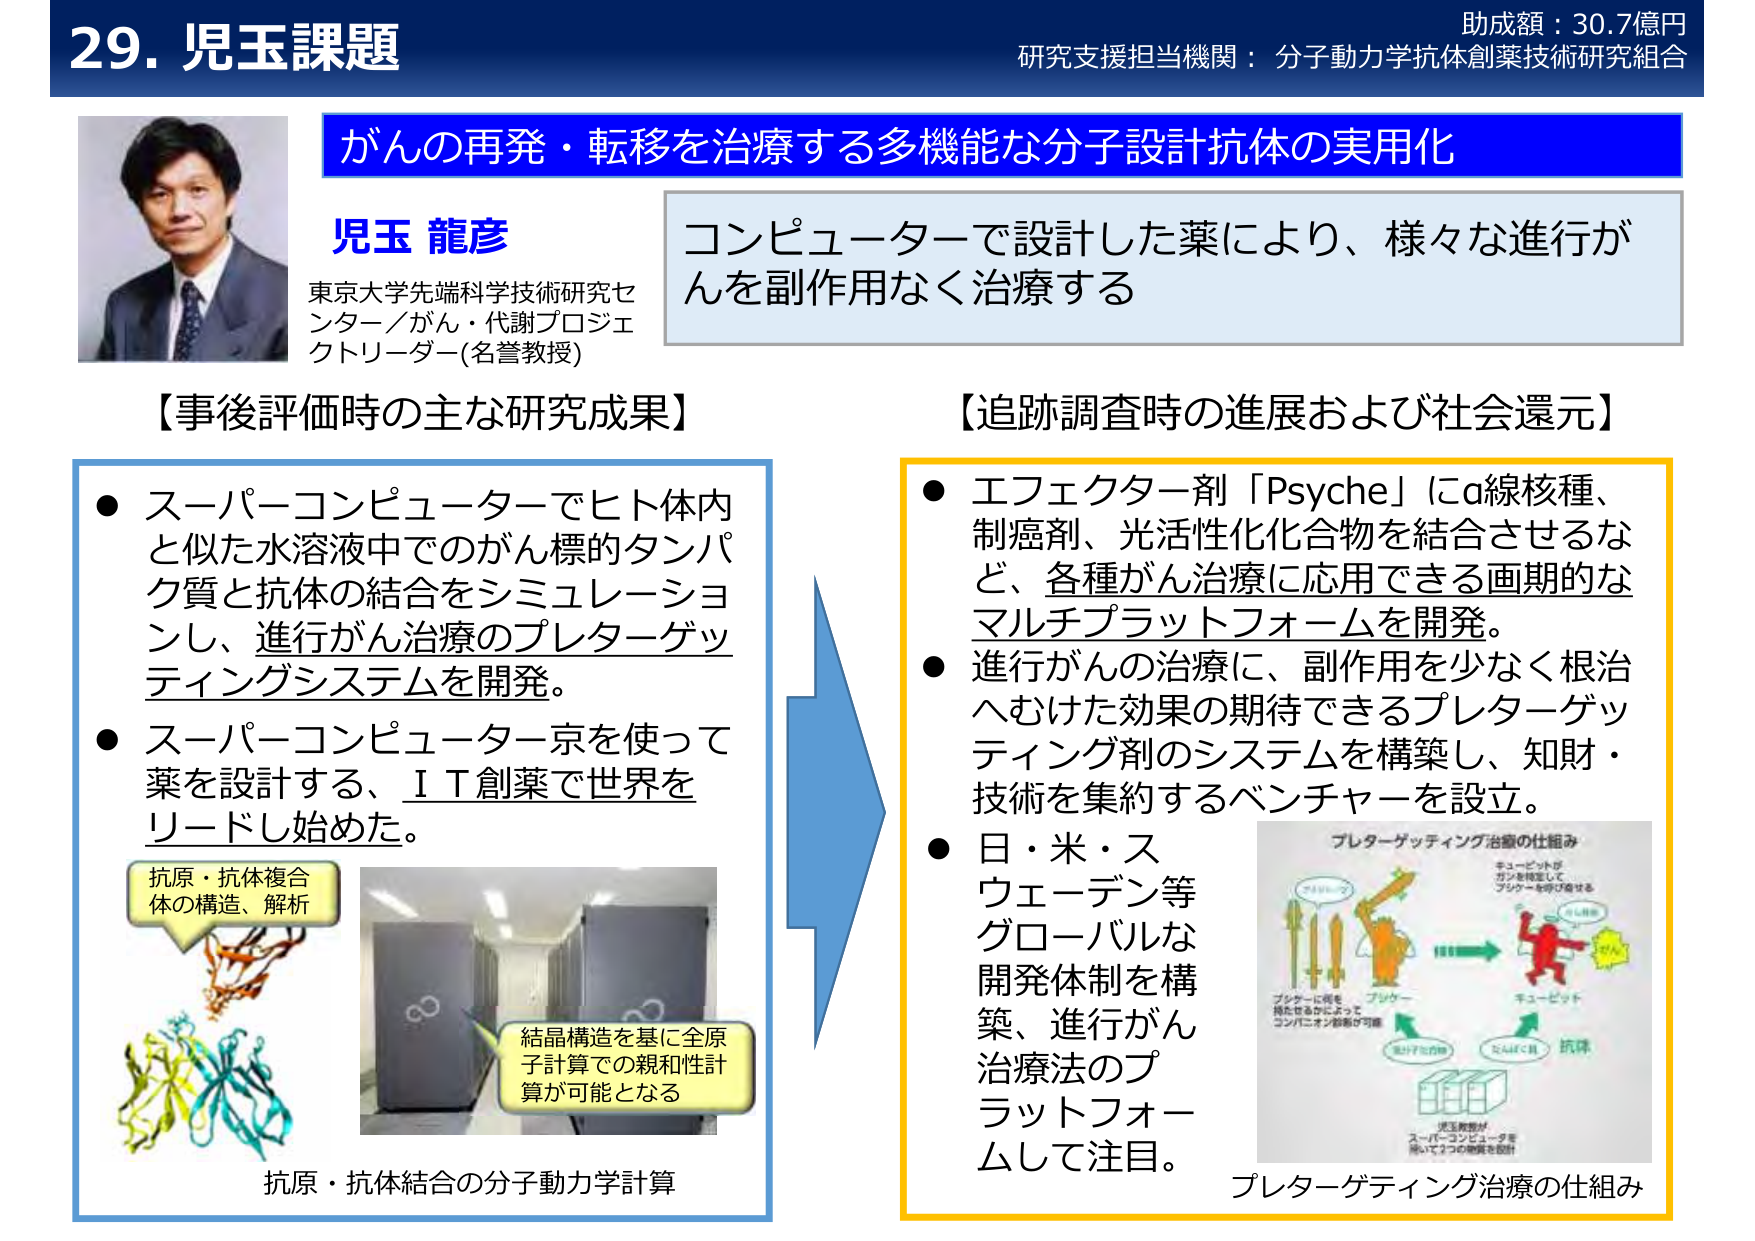
29. 児玉課題
助成額：30.7億円
研究支援担当機関：分子動力学抗体創薬技術研究組合

がんの再発・転移を治療する多機能な分子設計抗体の実用化

児玉 龍彦
東京大学先端科学技術研究センター／がん・代謝プロジェクトリーダー(名誉教授)

コンピューターで設計した薬により、様々な進行がんを副作用なく治療する

【事後評価時の主な研究成果】
● スーパーコンピューターでヒト体内と似た水溶液中でのがん標的タンパク質と抗体の結合をシミュレーションし、進行がん治療のプレターゲッティングシステムを開発。
● スーパーコンピューター京を使って薬を設計する、ＩＴ創薬で世界をリードし始めた。

抗原・抗体複合体の構造、解析
結晶構造を基に全原子計算での親和性計算が可能となる
抗原・抗体結合の分子動力学計算

【追跡調査時の進展および社会還元】
● エフェクター剤「Psyche」にα線核種、制癌剤、光活性化化合物を結合させるなど、各種がん治療に応用できる画期的なマルチプラットフォームを開発。
● 進行がんの治療に、副作用を少なく根治へむけた効果の期待できるプレターゲッティング剤のシステムを構築し、知財・技術を集約するベンチャーを設立。
● 日・米・スウェーデン等グローバルな開発体制を構築、進行がん治療法のプラットフォームとして注目。

プレターゲッティング治療の仕組み
キユービットがガンを検査してブシケーラを呼び寄せる
ブシケーラに剤を持たせるかによってコンパニオン診断が可能
抗原
キユービット
がん
抗原
児玉教授がスーパーコンピューターを用いて2つの物質を設計
プレターゲッティング治療の仕組み